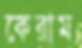
কেরাম